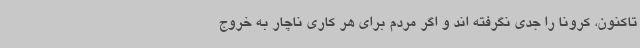
تاکنون، کرونا را جدی نگرفته اند و اگر مردم برای هر کاری ناچار به خروج